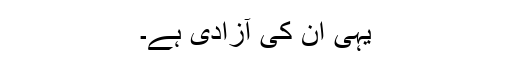
یہی ان کی آزادی ہے۔